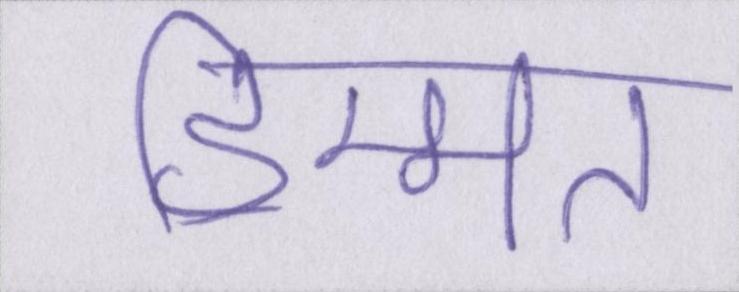
हिम्मत